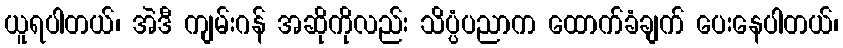
ယူရပါတယ်၊ အဲဒီ ကျမ်းဂန် အဆိုကိုလည်း သိပ္ပံပညာက ထောက်ခံချက် ပေးနေပါတယ်၊